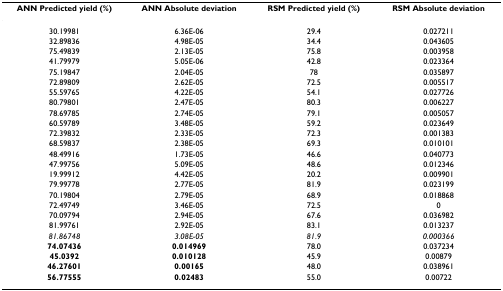
<table><thead><tr><td><b>ANN Predicted yield (%)</b></td><td><b>ANN Absolute deviation</b></td><td><b>RSM Predicted yield (%)</b></td><td><b>RSM Absolute deviation</b></td></tr></thead><tbody><tr><td>30.19981</td><td>6.36E-06</td><td>29.4</td><td>0.027211</td></tr><tr><td>32.89836</td><td>4.98E-05</td><td>34.4</td><td>0.043605</td></tr><tr><td>75.49839</td><td>2.13E-05</td><td>75.8</td><td>0.003958</td></tr><tr><td>41.79979</td><td>5.05E-06</td><td>42.8</td><td>0.023364</td></tr><tr><td>75.19847</td><td>2.04E-05</td><td>78</td><td>0.035897</td></tr><tr><td>72.89809</td><td>2.62E-05</td><td>72.5</td><td>0.005517</td></tr><tr><td>55.59765</td><td>4.22E-05</td><td>54.1</td><td>0.027726</td></tr><tr><td>80.79801</td><td>2.47E-05</td><td>80.3</td><td>0.006227</td></tr><tr><td>78.69785</td><td>2.74E-05</td><td>79.1</td><td>0.005057</td></tr><tr><td>60.59789</td><td>3.48E-05</td><td>59.2</td><td>0.023649</td></tr><tr><td>72.39832</td><td>2.33E-05</td><td>72.3</td><td>0.001383</td></tr><tr><td>68.59837</td><td>2.38E-05</td><td>69.3</td><td>0.010101</td></tr><tr><td>48.49916</td><td>1.73E-05</td><td>46.6</td><td>0.040773</td></tr><tr><td>47.99756</td><td>5.09E-05</td><td>48.6</td><td>0.012346</td></tr><tr><td>19.99912</td><td>4.42E-05</td><td>20.2</td><td>0.009901</td></tr><tr><td>79.99778</td><td>2.77E-05</td><td>81.9</td><td>0.023199</td></tr><tr><td>70.19804</td><td>2.79E-05</td><td>68.9</td><td>0.018868</td></tr><tr><td>72.49749</td><td>3.46E-05</td><td>72.5</td><td>0</td></tr><tr><td>70.09794</td><td>2.94E-05</td><td>67.6</td><td>0.036982</td></tr><tr><td>81.99761</td><td>2.92E-05</td><td>83.1</td><td>0.013237</td></tr><tr><td><i>81.86748</i></td><td><i>3.08E-05</i></td><td><i>81.9</i></td><td><i>0.000366</i></td></tr><tr><td><b>74.07436</b></td><td><b>0.014969</b></td><td>78.0</td><td>0.037234</td></tr><tr><td><b>45.0392</b></td><td><b>0.010128</b></td><td>45.9</td><td>0.00879</td></tr><tr><td><b>46.27601</b></td><td><b>0.00165</b></td><td>48.0</td><td>0.038961</td></tr><tr><td><b>56.77555</b></td><td><b>0.02483</b></td><td>55.0</td><td>0.00722</td></tr></tbody></table>